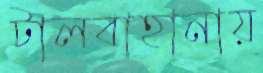
টালবাহানায়